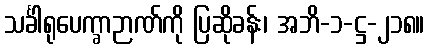
သင်္ခါရုပေက္ခာဉာဏ်ကို ပြဆိုခန်း၊ အဘိ-၁-ဋ္ဌ-၂၁၈။